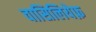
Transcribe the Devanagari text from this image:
वासिलियेफ़